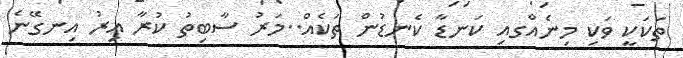
ތަކަކީ ވަކި މިނެއްގއި ކަނޑާ ކެނޑުން ތަކެއް..މަރު ސާބިތު ކުރާ އިރު އިނގޭނެ